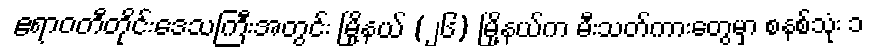
ဧရာဝတီတိုင်းဒေသကြီးအတွင်း မြို့နယ် (၂၆) မြို့နယ်က မီးသတ်ကားတွေမှာ စနစ်သုံး ၁